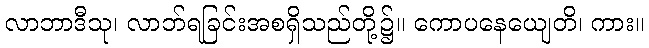
လာဘာဒီသု၊ လာဘ်ရခြင်းအစရှိသည်တို့၌။ ကောပနေယျေတိ၊ ကား။